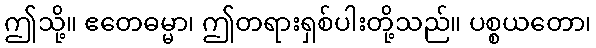
ဤသို့။ ဧတေဓမ္မာ၊ ဤတရားရှစ်ပါးတို့သည်။ ပစ္စယတော၊